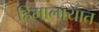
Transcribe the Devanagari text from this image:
हिमालायात